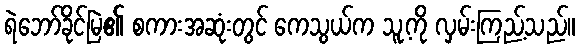
ရဲဘော်ခိုင်မြဲ၏ စကားအဆုံးတွင် ကေသွယ်က သူ့ကို လှမ်းကြည့်သည်။